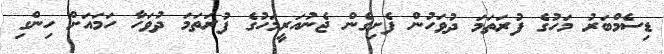
ޑިސެމްބަރު މަހުގެ ފުރަތަމަ ދުވަހުން ފެށިގެން ޖެނުއަރީމަހުގެ ފުރަތަމަ ދުވަހާ ހަމައަށް ހިންގި